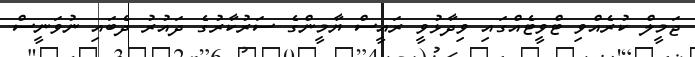
ޖަމީލް ކުރެއްވި ޓްވީޓެއްގައި ވިދާޅުވީ ރައީސް ޔާމީންގެ ސަރުކާރުގެ ދައުރު ދެބައި ނުވަނީސް